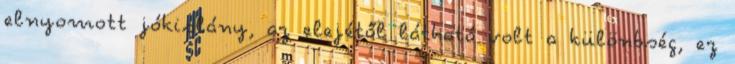
elnyomott jókislány, az elejétől látható volt a különbség, ez